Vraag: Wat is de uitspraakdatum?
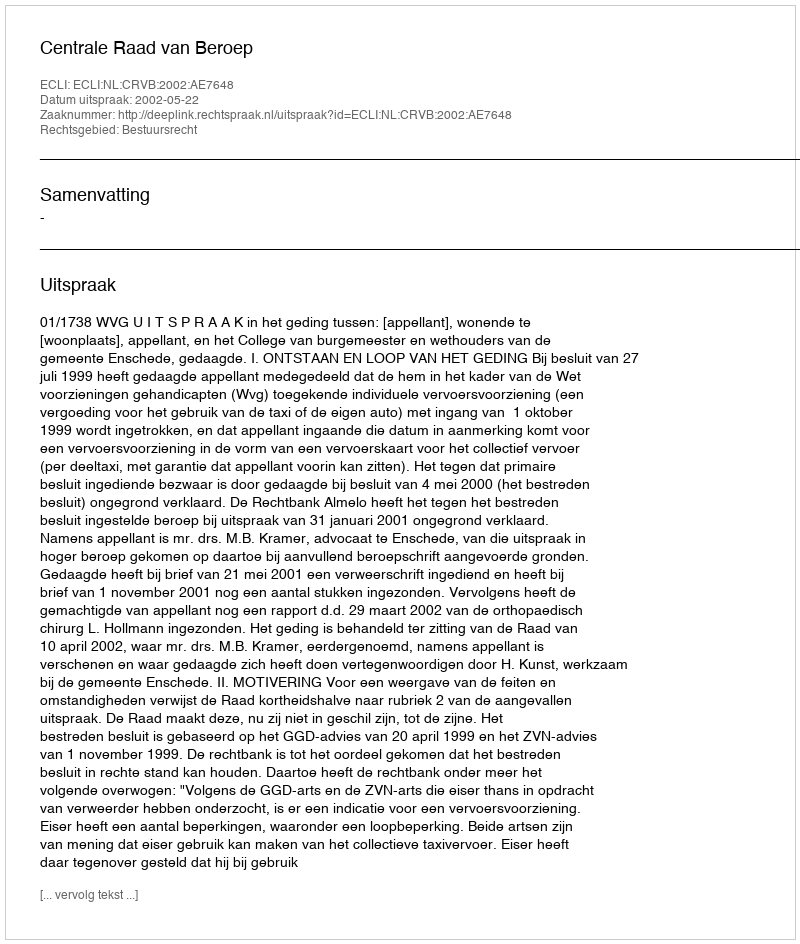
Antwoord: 2002-05-22